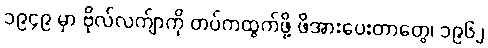
၁၉၄၉ မှာ ဗိုလ်လက်ျာကို တပ်ကထွက်ဖို့ ဖိအားပေးတာတွေ၊ ၁၉၆၂